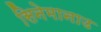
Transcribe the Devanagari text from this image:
सिनेमानाउ